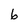
Character: 6